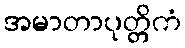
အမာတာပုတ္တိကံ